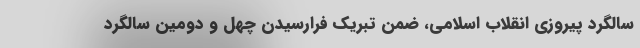
سالگرد پیروزی انقلاب اسلامی، ضمن تبریک فرارسیدن چهل و دومین سالگرد